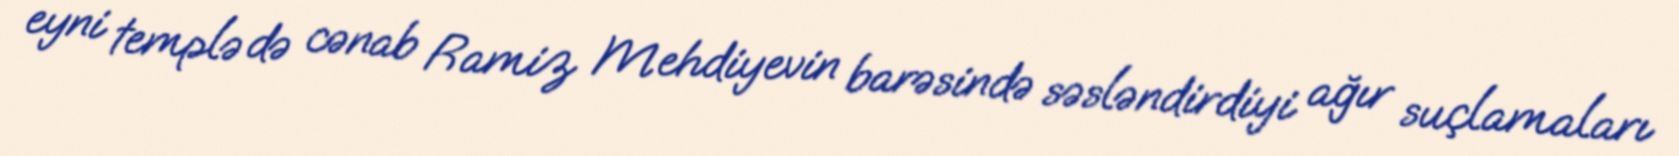
eyni templə də cənab Ramiz Mehdiyevin barəsində səsləndirdiyi ağır suçlamaları